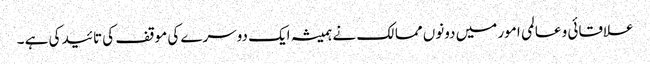
علاقائی و عالمی امور میں دونوں ممالک نے ہمیشہ ایک دوسرے کی موقف کی تائید کی ہے ۔